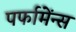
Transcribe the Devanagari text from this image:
पर्फामेंन्स